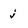
Character: j